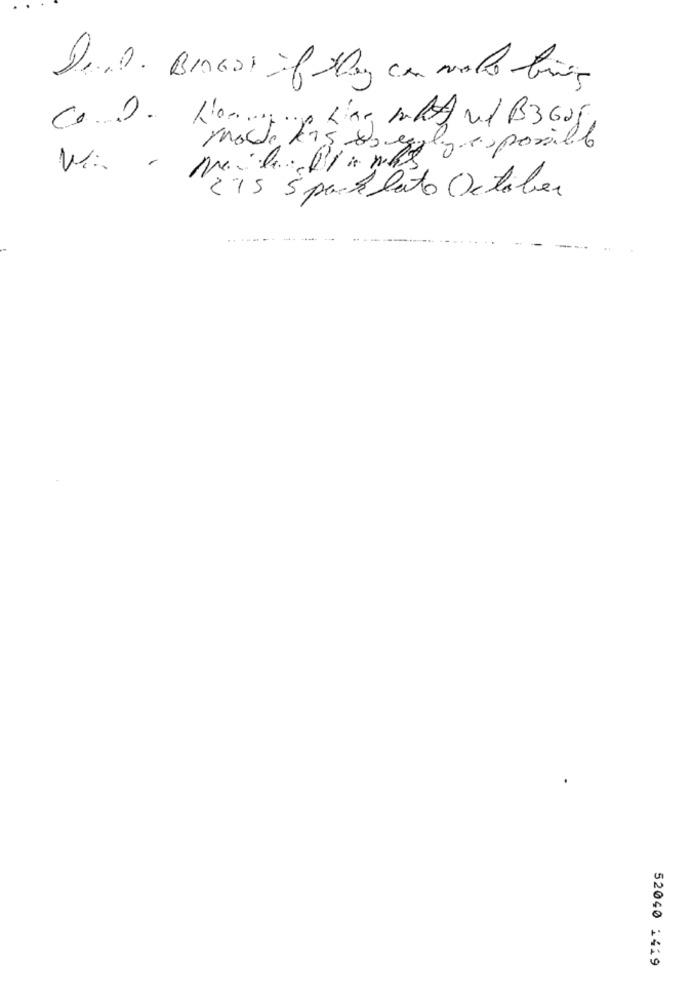
RKamRA Ul B3605,
madde kis 82 eggly as possible
215 5 par lato October
52040 1419